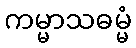
ကမ္မာသဓမ္မံ